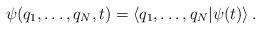
LaTeX: \begin{align*}\psi (q_{1},\dots ,q_{N},t)=\left< q_{1},\dots ,q_{N}|\psi (t)\right> .\end{align*}